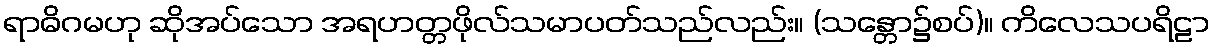
ရာဓိဂမဟု ဆိုအပ်သော အရဟတ္တဖိုလ်သမာပတ်သည်လည်း။ (သန္တော၌စပ်)။ ကိလေသပရိဠာ